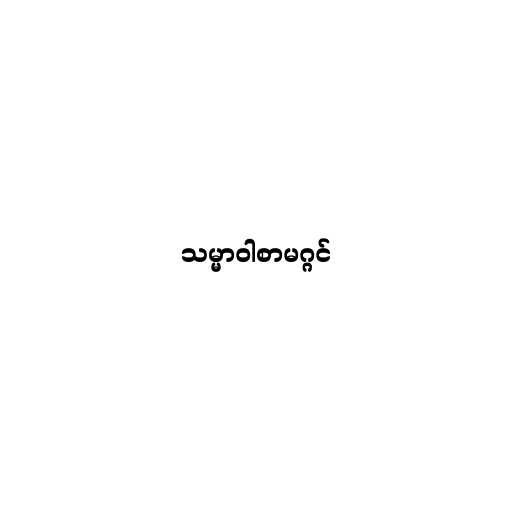
သမ္မာဝါစာမဂ္ဂင်